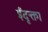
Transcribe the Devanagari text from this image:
ईदृक्ता